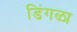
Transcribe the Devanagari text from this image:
डिंगळा